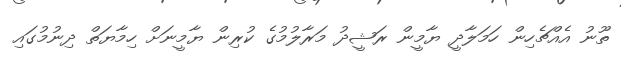
ތޫނު އެއްޗެހިން ހަމަލާދީ ޔާމީން ރަޝީދު މަރާލުމުގެ ކުރިން ޔާމީނަށް ހިމާޔަތް ދިނުމުގައި